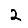
Digit: 2